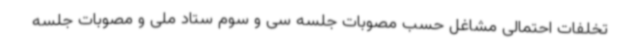
تخلفات احتمالی مشاغل حسب مصوبات جلسه سی و سوم ستاد ملی و مصوبات جلسه